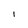
Character: l